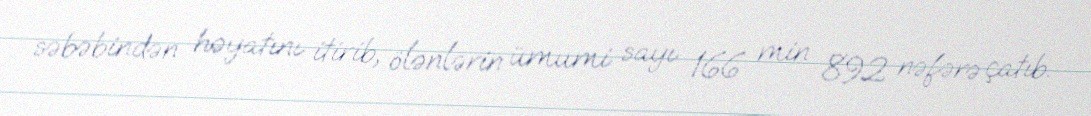
səbəbindən həyatını itirib, ölənlərin ümumi sayı 166 min 892 nəfərə çatıb.